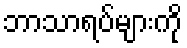
ဘာသာရပ်များကို